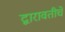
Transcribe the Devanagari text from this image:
द्वारावतीचे